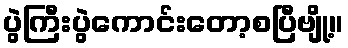
ပွဲကြီးပွဲကောင်းတော့စပြီဗျို့။